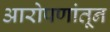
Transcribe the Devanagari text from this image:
आरोपणांतून